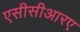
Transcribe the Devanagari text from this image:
एसीसीआरए